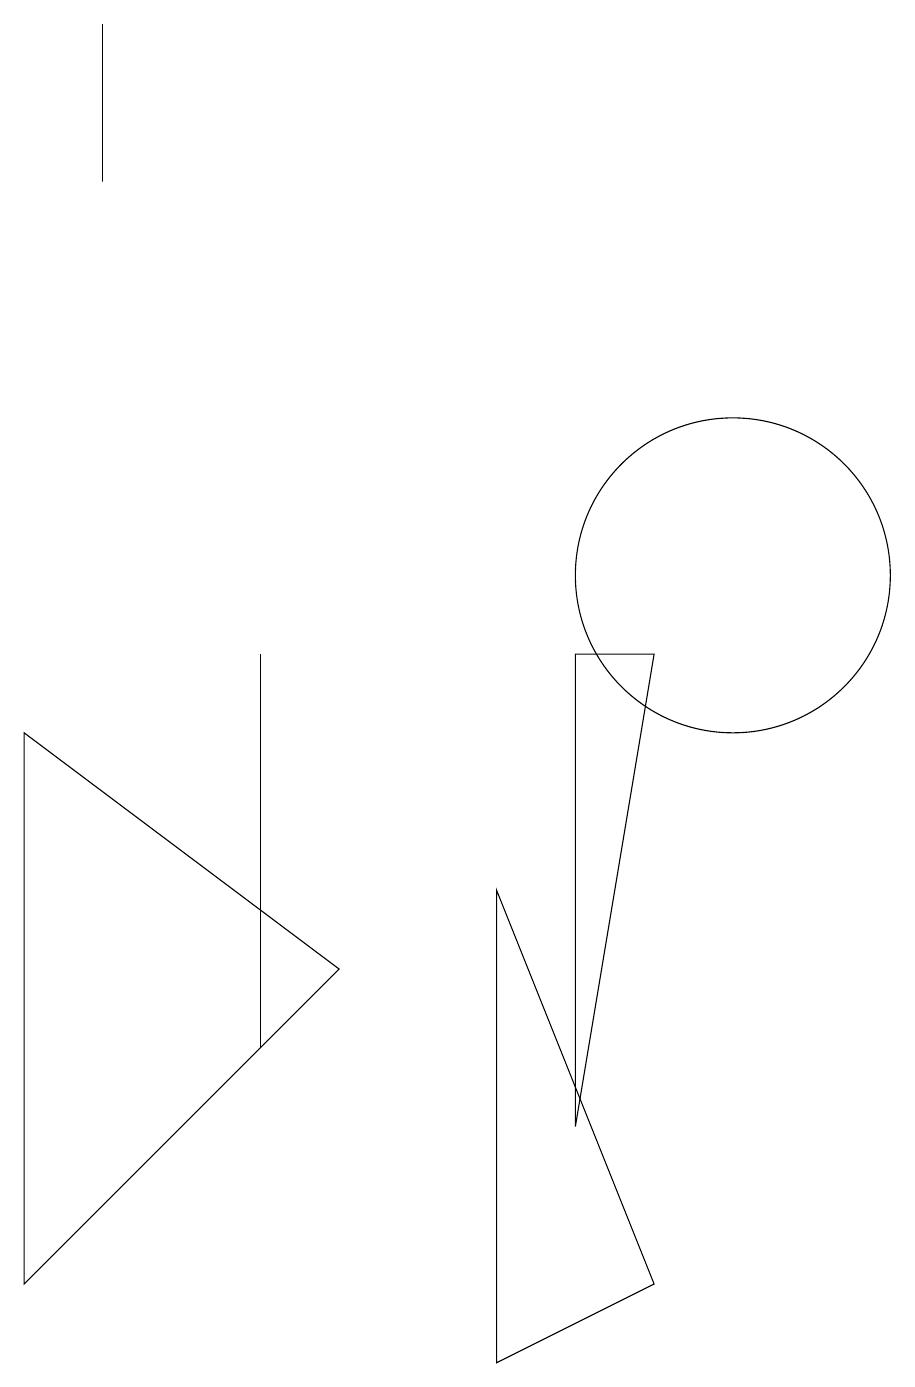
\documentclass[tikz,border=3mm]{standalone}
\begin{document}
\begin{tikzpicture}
\draw (9,9) -- (8,3) -- (8,9) -- cycle;
\draw (1,1) -- (5,5) -- (1,8) -- cycle;
\draw (2,17) rectangle (2,15);
\draw (10,10) circle (2);
\draw (9,1) -- (7,6) -- (7,0) -- cycle;
\draw (4,9) -- (4,5) -- (4,4) -- cycle;
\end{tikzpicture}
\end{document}